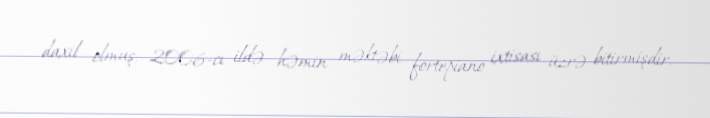
daxil olmuş, 2006-cı ildə həmin məktəbi fortepiano ixtisası üzrə bitirmişdir.